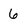
Character: 6